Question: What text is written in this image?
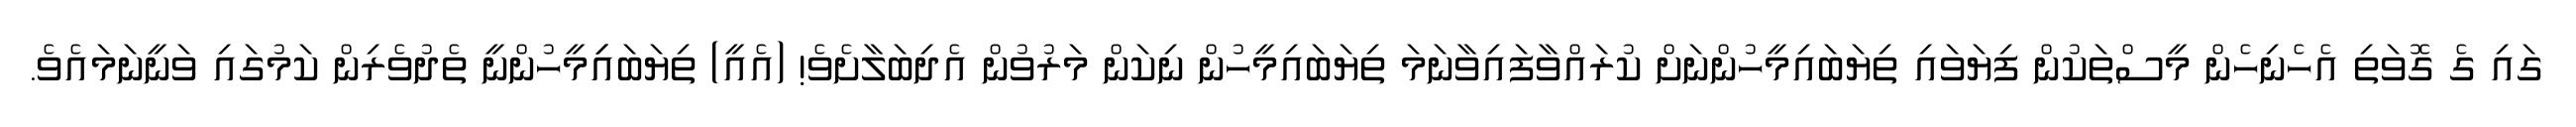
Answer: ގައި ގެ ގޮވަތި އެހެނިހެން މީސްތަކުން ފިޔަވައި ތިޔަބައިމީހުންނަށް ކުރައްވާފައިވާނަމަ ތިޔަބައިމީހުން ނިކަން މަރުވުން އެދިބަލާށެވެ! (އެއީ) ތިޔަބައިިމީހުންނީ ތެދުވެރިން ކަމުގައި ވަނީނަމައެވެ.